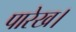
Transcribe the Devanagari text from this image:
पारेख।